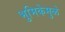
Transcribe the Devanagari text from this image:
भुमिकेमुळे